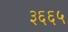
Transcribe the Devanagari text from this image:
३६६५